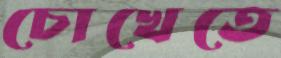
চোখেতে